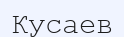
Кусаев